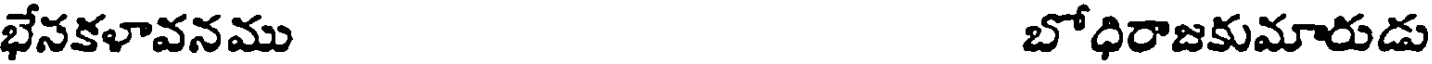
భేనకళావనము బోధిరాజకుమారుడు